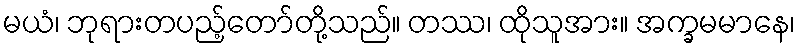
မယံ၊ ဘုရားတပည့်တော်တို့သည်။ တဿ၊ ထိုသူအား။ အက္ခမမာနေ၊